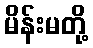
မိန်းမတို့